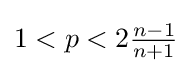
{\textstyle 1<p<2{\frac {n-1}{n+1}}}